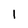
Character: 1